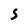
Character: S